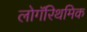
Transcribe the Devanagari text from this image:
लोगॅरिथमिक